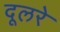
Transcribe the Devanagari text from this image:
दूलरे